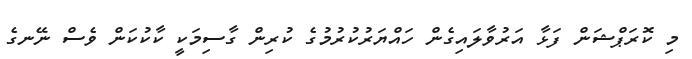
މި ކޮރަޕްޝަން ފަޅާ އަރުވާލައިގެން ހައްޔަރުކުރުމުގެ ކުރިން ގާސިމަކީ ކާކުކަން ވެސް ނޭނގެ